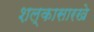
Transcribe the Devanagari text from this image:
शल्कासारखे